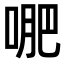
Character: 𭈙